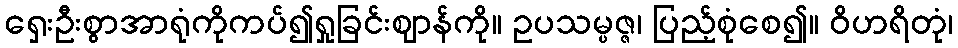
ရှေးဦးစွာအာရုံကိုကပ်၍ရှုခြင်းဈာန်ကို။ ဥပသမ္ပဇ္ဇ၊ ပြည့်စုံစေ၍။ ဝိဟရိတုံ၊